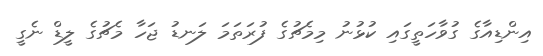
އިންޑިއާގެ ގުވާހަތީގައި ކުޅުނު މިމެޗުގެ ފުރަތަމަ ލަނޑު ޖަހާ މެޗުގެ ލީޑް ނެގީ